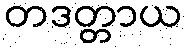
တဒတ္တာယ